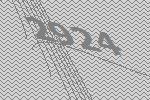
2924